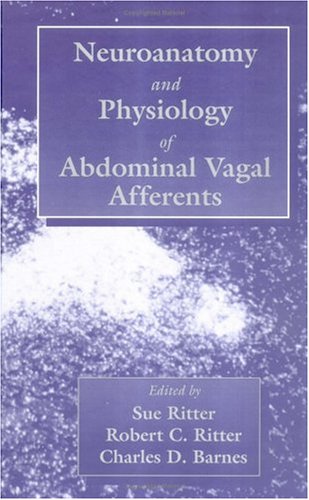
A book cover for Neuroanat and Physiology of Abdominal Vagal Afferents; Sue Ritter; Medical Books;